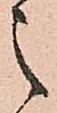
之